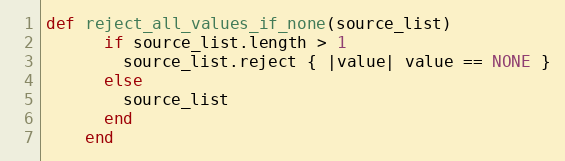
Language: Ruby
def reject_all_values_if_none(source_list)
      if source_list.length > 1
        source_list.reject { |value| value == NONE }
      else
        source_list
      end
    end